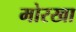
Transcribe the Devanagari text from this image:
मोरखा